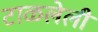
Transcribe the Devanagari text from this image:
टाळलेली